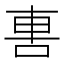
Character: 軎